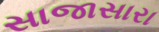
સાજાસારા